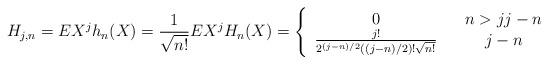
LaTeX: \begin{align*}H_{j,n}=EX^{j}h_{n}(X)=\frac{1}{\sqrt{n!}}EX^{j}H_{n}(X)=\left\{ \begin{array}{ccc}0 & & n>jj-n \\ \frac{j!}{2^{(j-n)/2}((j-n)/2)!\sqrt{n!}} & & j-n\end{array}\right. \end{align*}